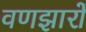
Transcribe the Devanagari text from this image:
वणझारों